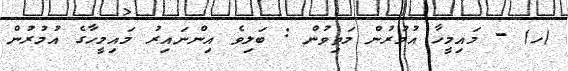
(ހ) - މައިމީހާ އުމުރުން މަތިވުން : ބަލިވެ އިންނައިރު މައިމީހާގެ އުމުރުން